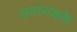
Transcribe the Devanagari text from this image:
उपाध्यक्षके